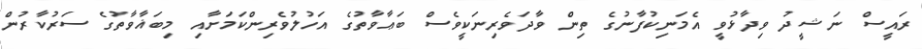
ރައީސް ނަޝީދު ވިދާޅުވީ އެމަނިކުފާނުގެ ތިން ވާދަވެރިނަކީވެސް ބަޢާވާތުގެ އަހުލުވެރިންކަމަށާއި މިބަޣާވާތުގެ ސަރުކާރުން